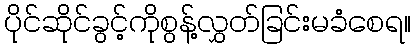
ပိုင်ဆိုင်ခွင့်ကိုစွန့်လွှတ်ခြင်းမခံစေရ။